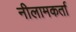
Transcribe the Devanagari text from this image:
नीलामकर्ता